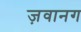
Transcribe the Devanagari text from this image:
ज़वानग